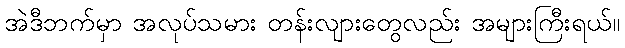
အဲဒီဘက်မှာ အလုပ်သမား တန်းလျားတွေလည်း အများကြီးရယ်။